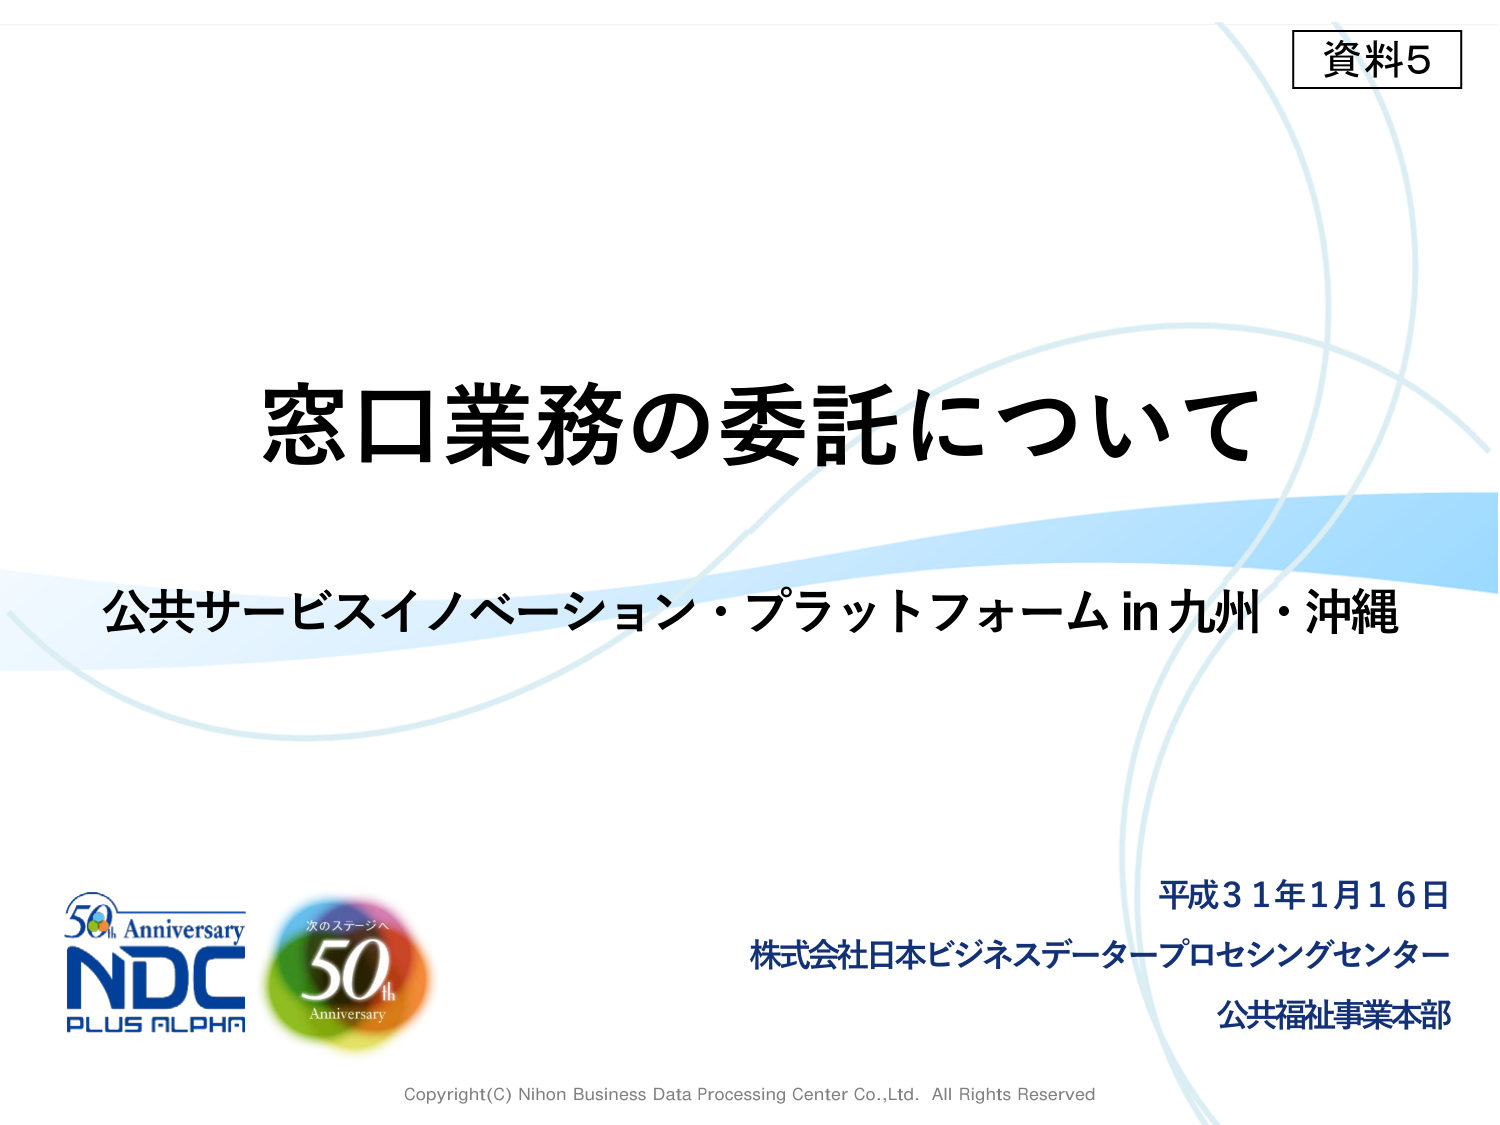
資料5

窓口業務の委託について

公共サービスイノベーション・プラットフォーム in 九州・沖縄

平成31年1月16日
株式会社日本ビジネスデータプロセシングセンター
公共福祉事業本部

50th Anniversary
NDC
PLUS ALPHA

次のステージへ
50th
Anniversary

Copyright(C) Nihon Business Data Processing Center Co.,Ltd. All Rights Reserved